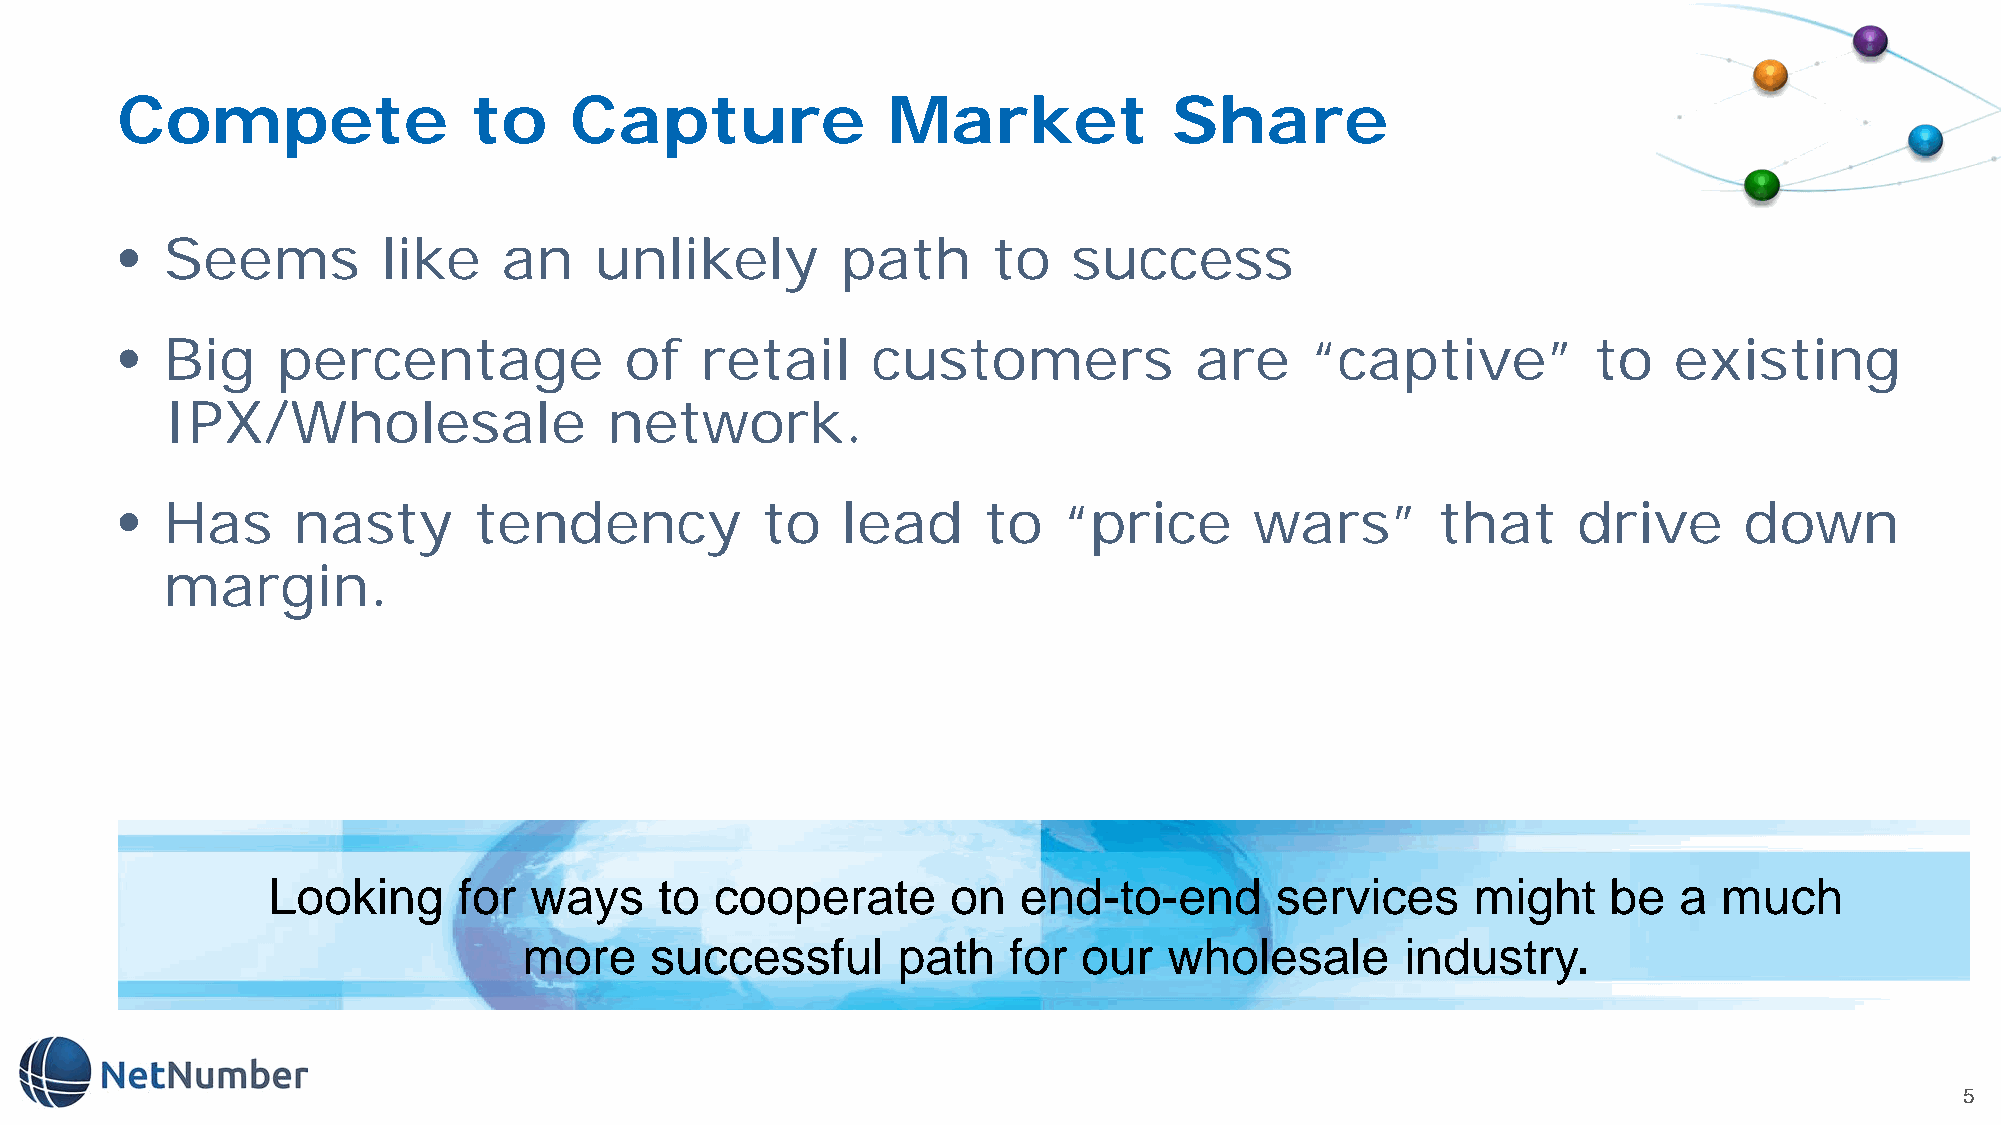
Compete                to     Capture              Market             Share
 •  Seems         like    an    unlikely         path      to   success
 •  Big    percentage             of   retail      customers            are     “captive”          to   existing
 IPX/Wholesale                network.
 •  Has     nasty       tendency           to    lead     to   “price       wars”       that     drive      down
 margin.
 Looking     for  ways     to cooperate       on  end-to-end       services      might    be  a  much
 more    successful      path    for  our  wholesale       industry.
 5